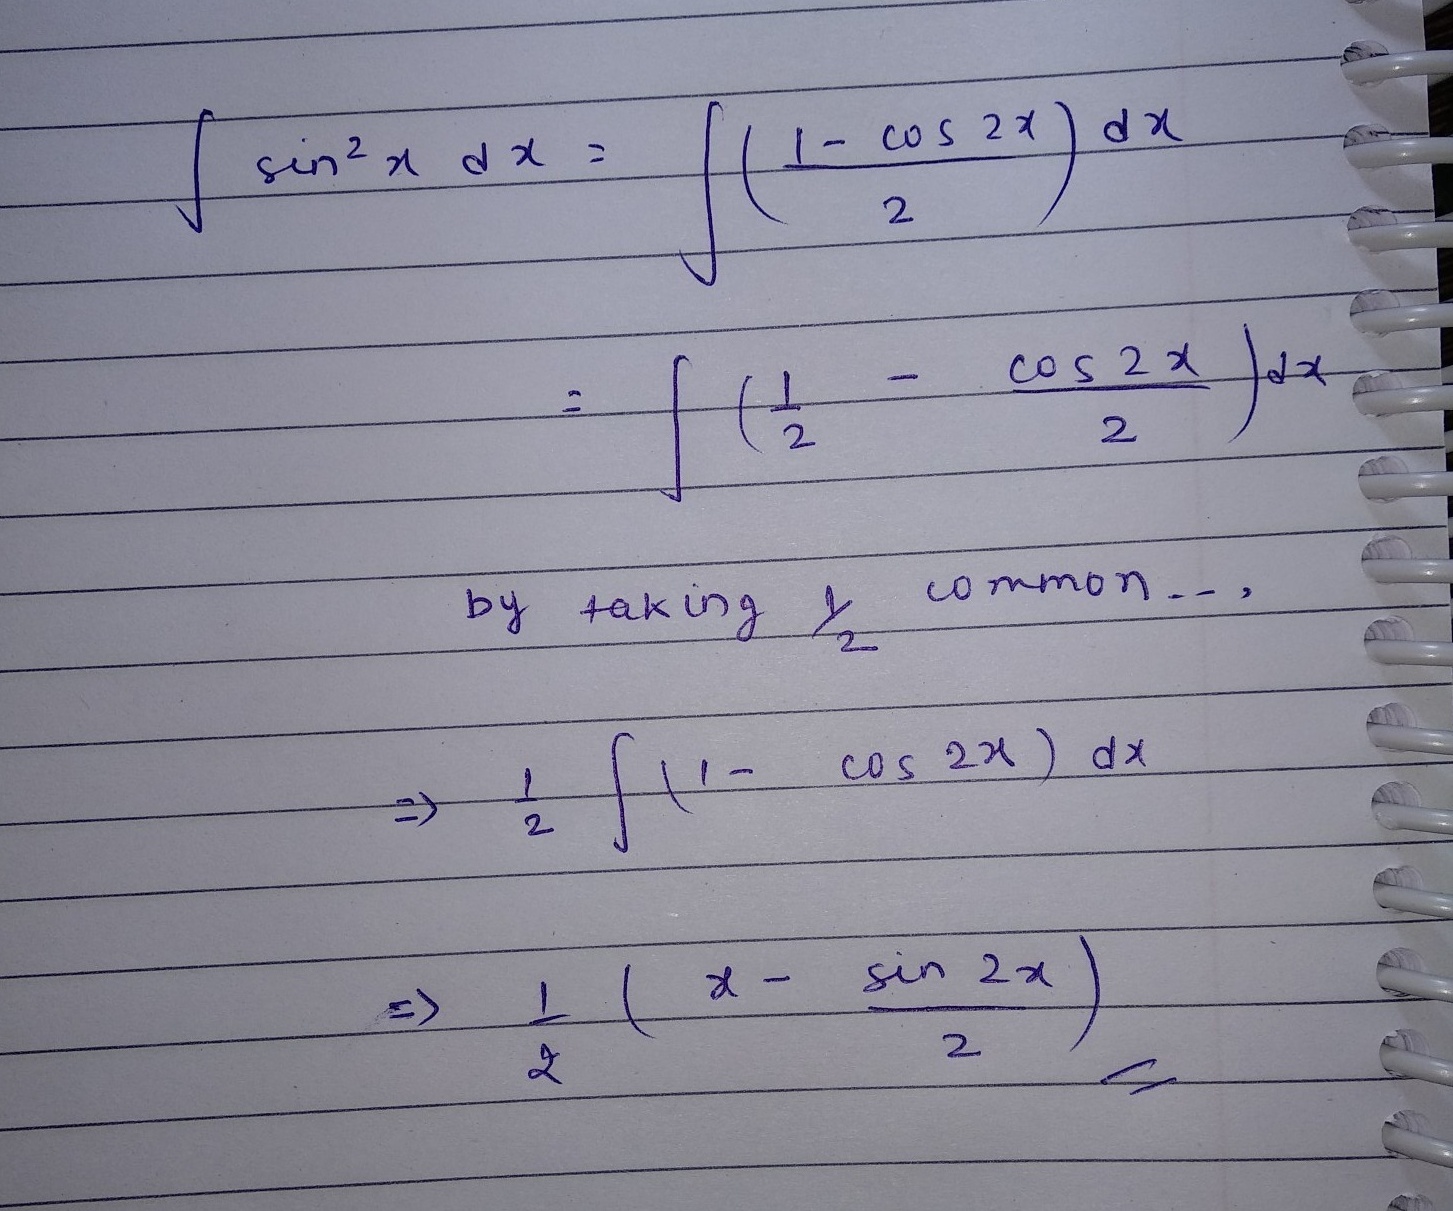
\[
\begin{align*}
\int\sin^{2}x\mathrm{d}x&=\int\left(\frac{1 - \cos2x}{2}\right)\mathrm{d}x\\
&=\int\left(\frac{1}{2}-\frac{\cos2x}{2}\right)\mathrm{d}x\\
&\text{by taking $\frac{1}{2}$ common.,}\\
&\Rightarrow\frac{1}{2}\int(1 - \cos2x)\mathrm{d}x\\
&\Rightarrow\frac{1}{2}\left(x-\frac{\sin2x}{2}\right)
\end{align*}
\]